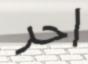
احر